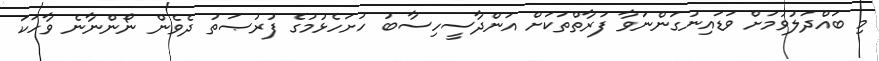
މި ބައްދަލުވުމަށް ވަޑައިނުގަންނަވާ ފަރާތްތަކަށް އަންދާސީހިސާބު ހުށަހެޅުމުގެ ފުރުޞަތު ދެވެން ނޯންނާނެ ވާހަކަ